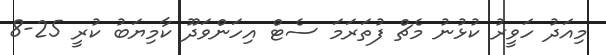
މިއަދު ހަވީރު ކުޅުނު މެޗް ފުތަރަމަ ސެޓް އިހަންވަދޫ ކާމިޔަބު ކުރީ 25-8